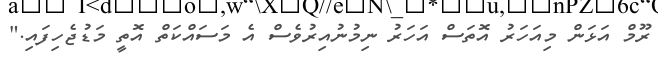
ރޫމް އަޅަން މިއަހަރު އޮތަސް އަހަރު ނިމުނުއިރުވެސް އެ މަސައްކަތް އޮތީ މަޑުޖެހިފައި."